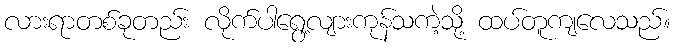
လားရာတစ်ခုတည်း လိုက်ပါရွေ့လျားကုန်သကဲ့သို့ ထပ်တူကျလေသည်။